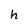
Character: h